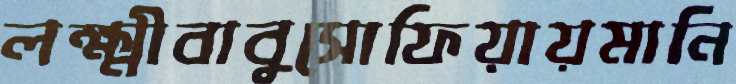
লক্ষ্মীবাবুসোফিয়ায়মানি